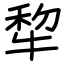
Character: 犂